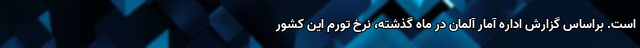
است. براساس گزارش اداره آمار آلمان در ماه گذشته، نرخ تورم این کشور